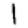
Digit: 1